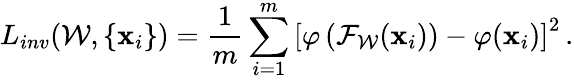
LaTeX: L_{inv}(\mathcal W,\{ \mathbf x_{i}\} )=\frac{1}{m}\sum_{i=1}^{m}\left[\varphi\left({\mathcal F}_{\mathcal W}(\mathbf{x}_{i})\right)-\varphi(\mathbf{x}_{i})\right]^{2}\, .